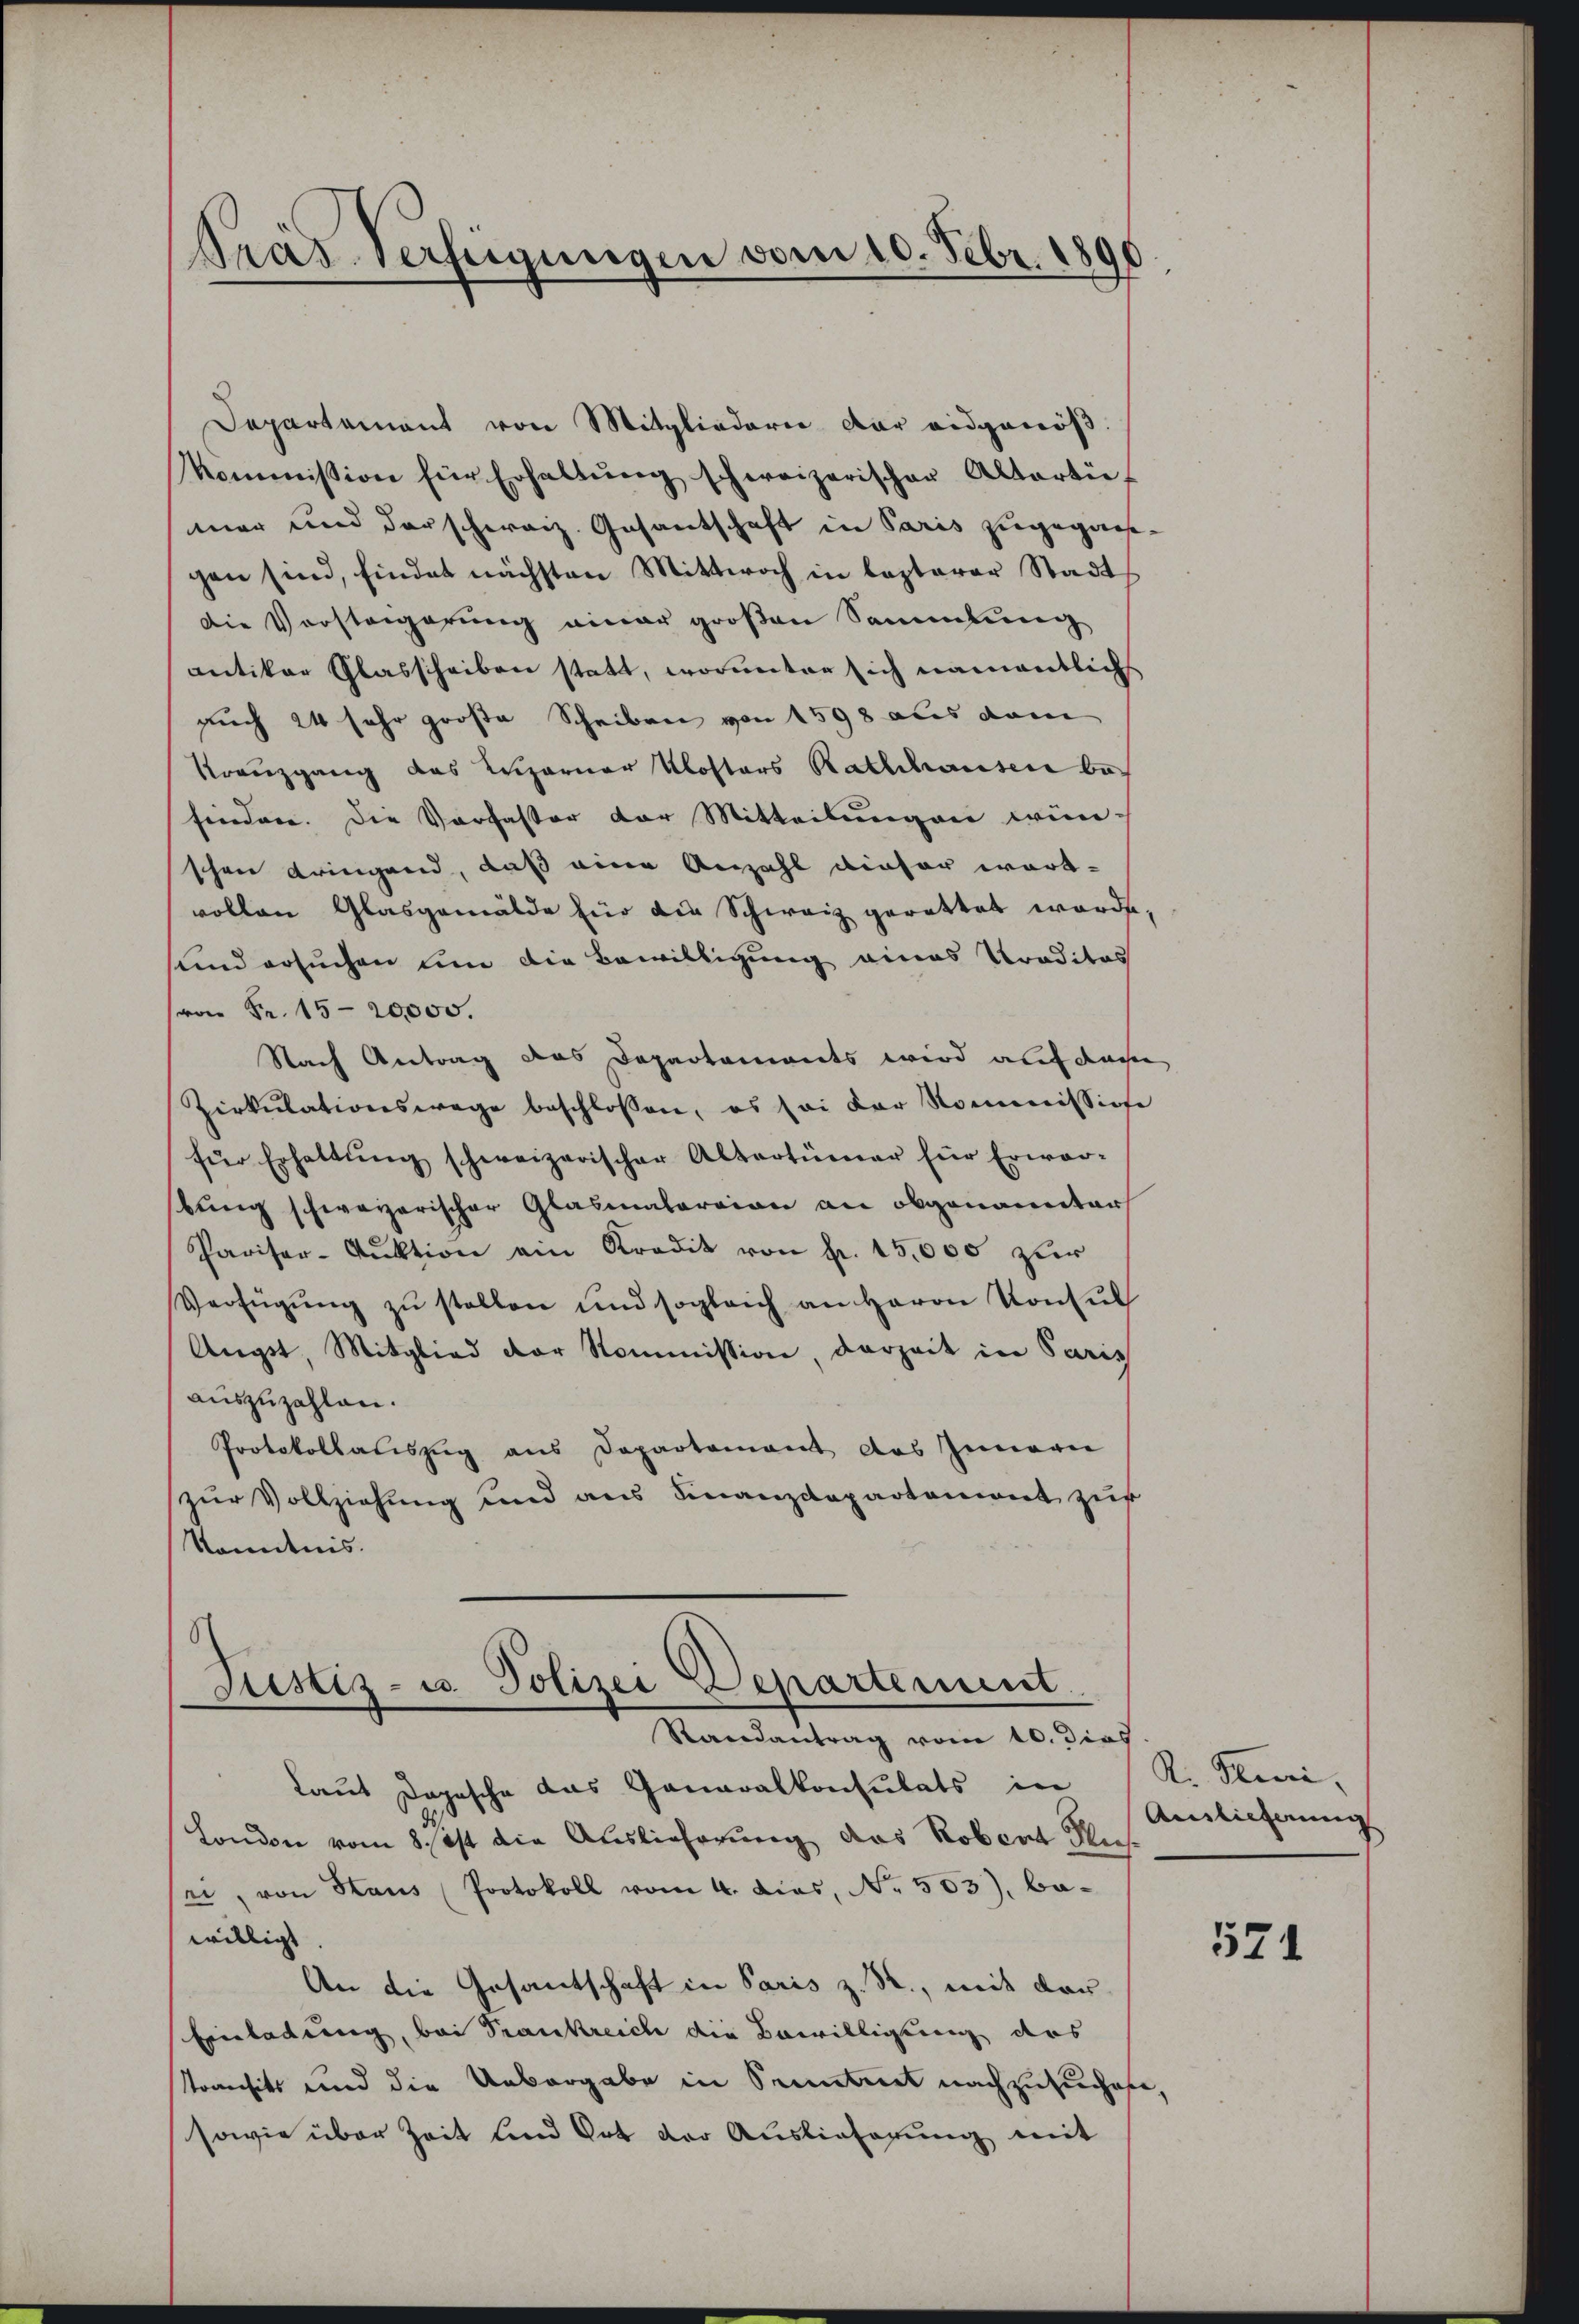
Pras Verfügungen vom 10. Febr. 1890

Departement von Mitgliedern dar eidgenöß
kommission für Erhaltŭng schweizerischer Altarti-
mar und darschweiz. Gesantschaft in Paris zugegans,
gen sind, findet nächsten Mittwoch in lezterer Stadt
Die Vorsteigerung einer großen Sammlung
antiker Glasscheiben statt, worunter sich namentlich
auch 24 sehr große Scheiben von 1598 als dam
Kreuzgang des Luzerner Klosters Rathhausen befinden. Die Verfasser der Mitteilŭngen wün-
schen dringend, daß eine Anzahl dieser wart-
vollen Glasgemälde für die Schweiz gerattet werde,
und ersuchen um die Bewilligung eines Traditas
(von Fr. 15-20,000.
Nach Antrag das Departaments wird auf das
Zirkŭlationswege beschlossen, es sei der Kommission
für Erhaltŭng schweizerischer Altertümer für Erwar-
bung schweizerischer Glasmaterian an obgenometer
Pariser-Aŭktion ein Kredit von fr. 15,000 zur
Verfügŭng zŭ stellen und sogleich an Herrn Konsŭl
Aŭgst, Mitglied der Kommission, derzeit in Paris
auszuzahlen.
Protokollatiszug aus Departement des Innern
zur Vollziehung und aus Finanzdepartemont zur
Kenntnis.

Justiz- u. Polizei Departement
Randantrag vom 10. dies

Laut Dogesche das Generalkonsulats in K. Klini,
London vom 8. ist die Auslieferung das Robert du
sei, von Haus (Protokoll vom 4. dies, No. 503), bewilligt
An die Gesandtschaft in Paris z. R., mit der
Einladung, bei Trankreich die Bewilligung des
Tomusik und die Uebergabe in Pruntert nachzusuchete,
sowie über Zeit und Ort der Auslieferung mit

Ainlicherung

571